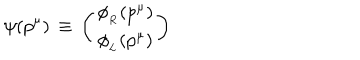
\psi ( p ^ { \mu } ) \, \equiv \, \left( \begin{array} { c } { { \phi _ { _ R } ( p ^ { \mu } ) } } \\ { { \phi _ { _ L } ( p ^ { \mu } ) } } \\ \end{array} \right)